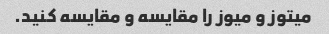
میتوز و میوز را مقایسه و مقایسه کنید.